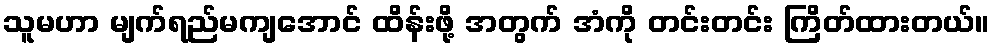
သူမဟာ မျက်ရည်မကျအောင် ထိန်းဖို့ အတွက် အံကို တင်းတင်း ကြိတ်ထားတယ်။